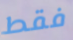
فقط